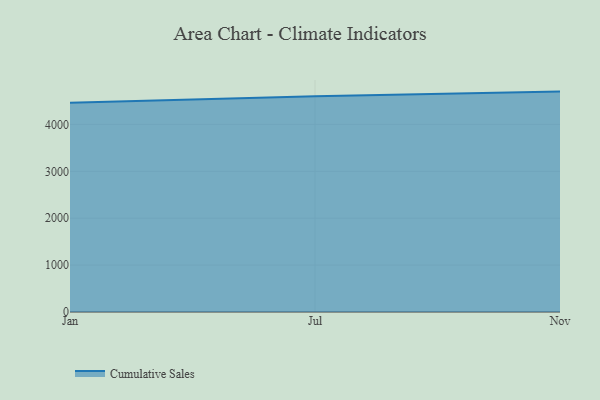
{"axis": {"x": "Month", "y": "Page Views"}, "legend": ["Cumulative Sales"], "data": [{"x": "Jan", "y": 4460.7, "type": "Cumulative Sales"}, {"x": "Jul", "y": 4597.4, "type": "Cumulative Sales"}, {"x": "Nov", "y": 4699.2, "type": "Cumulative Sales"}]}